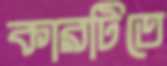
কারটিতে